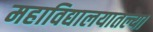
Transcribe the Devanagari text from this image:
महाविद्यालयातल्या